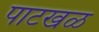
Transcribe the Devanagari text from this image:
पाटखळ